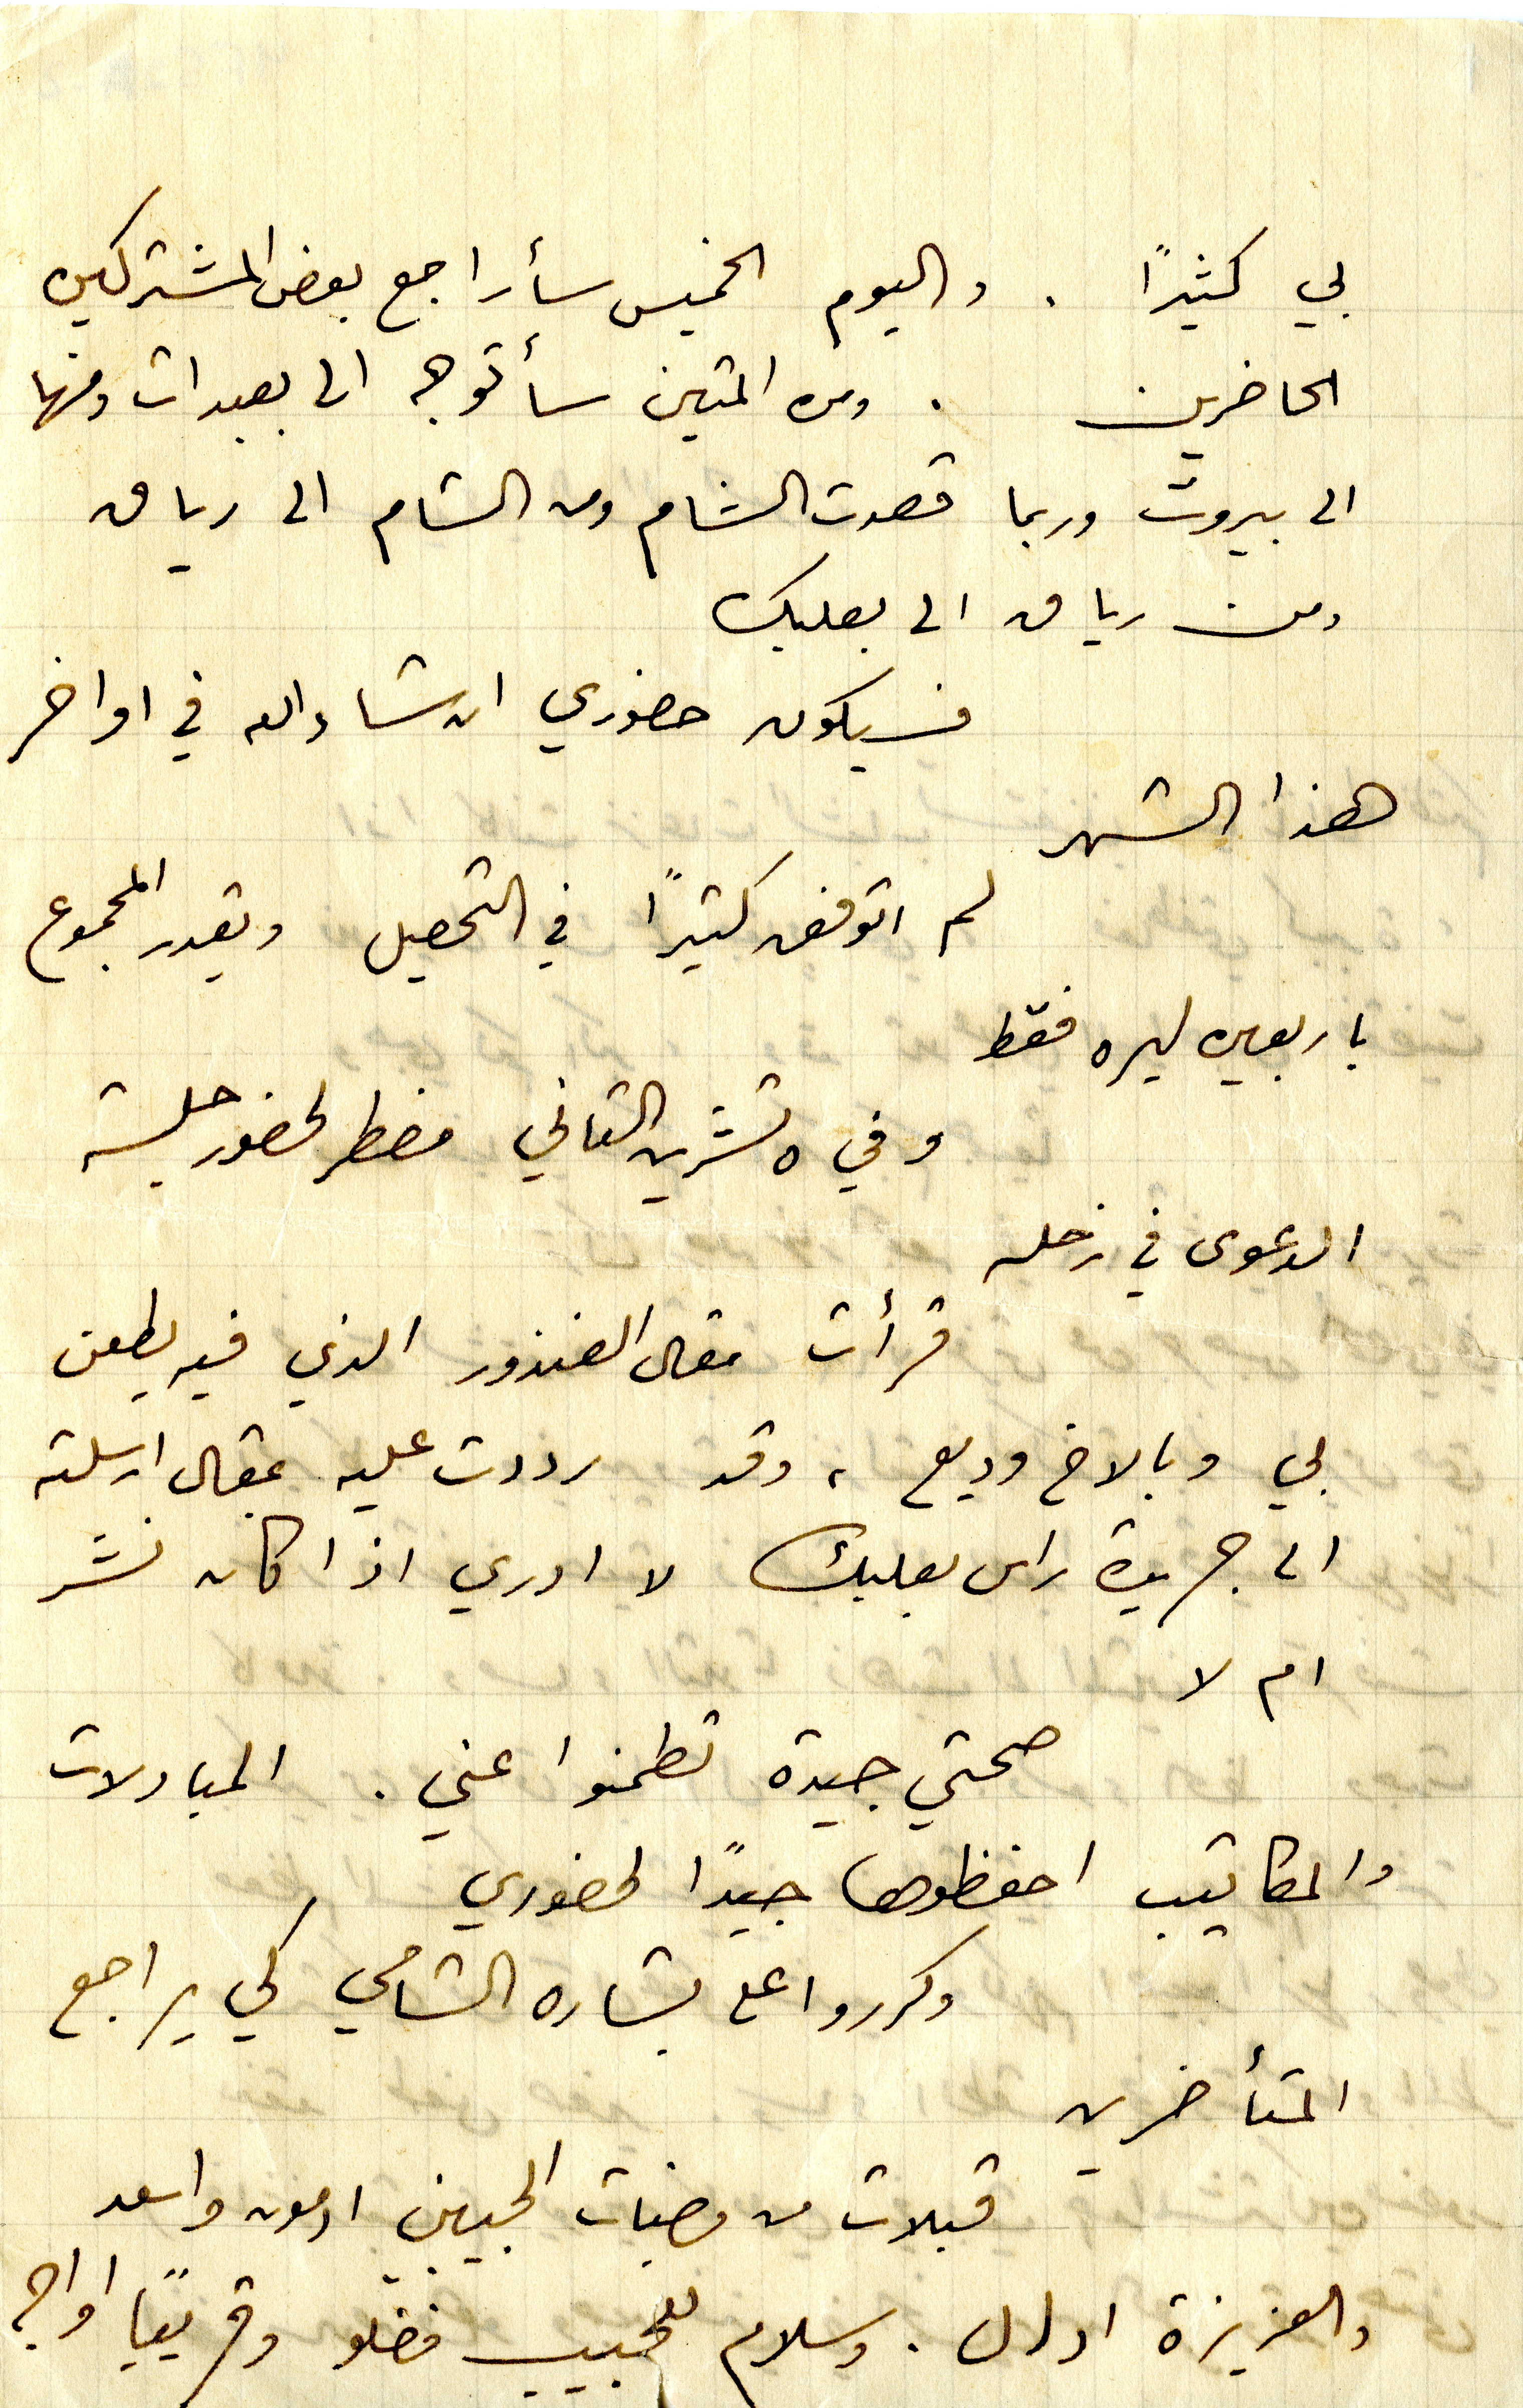
بي كثيرًا. واليوم الخميس سأراجع بعض المشتركين
الحاضرين. ومن المتين سأتوجه الى بعبدات ومنها
الى بيروت وربما قصدت الشام ومن الشام الى رياق
ومن رياق الى بعلبك
فسيكون حضوري ان شاءالله في اواخر
هذا الشهر
لم اتوفق كثيراً في التحصيل ويقدر المجموع
باربعين ليره فقط
وفي ٥ تشرين التاني مضطر لحضور جلسة
الدعوى في زحله
قرأت مقال الغندور الذي فيه يطعن
بي وبالاخ وديع، وقد رددت عليه بمقال ارسلته
الى جريدة راس بعلبك لا ادري اذا كان نشر
ام لا
صحتي جيدة تطمنوا عني. المبادلات
والمكاتيب احفظوها جيدًا لحضوري
وكرروا على بشاره الشامي كي يراجع
المتأخرين
قبلات من وجنات الجبين ادمون واسعد
والعزيزة ادال. وسلام للحبيب فضلو وقريبا اواجه